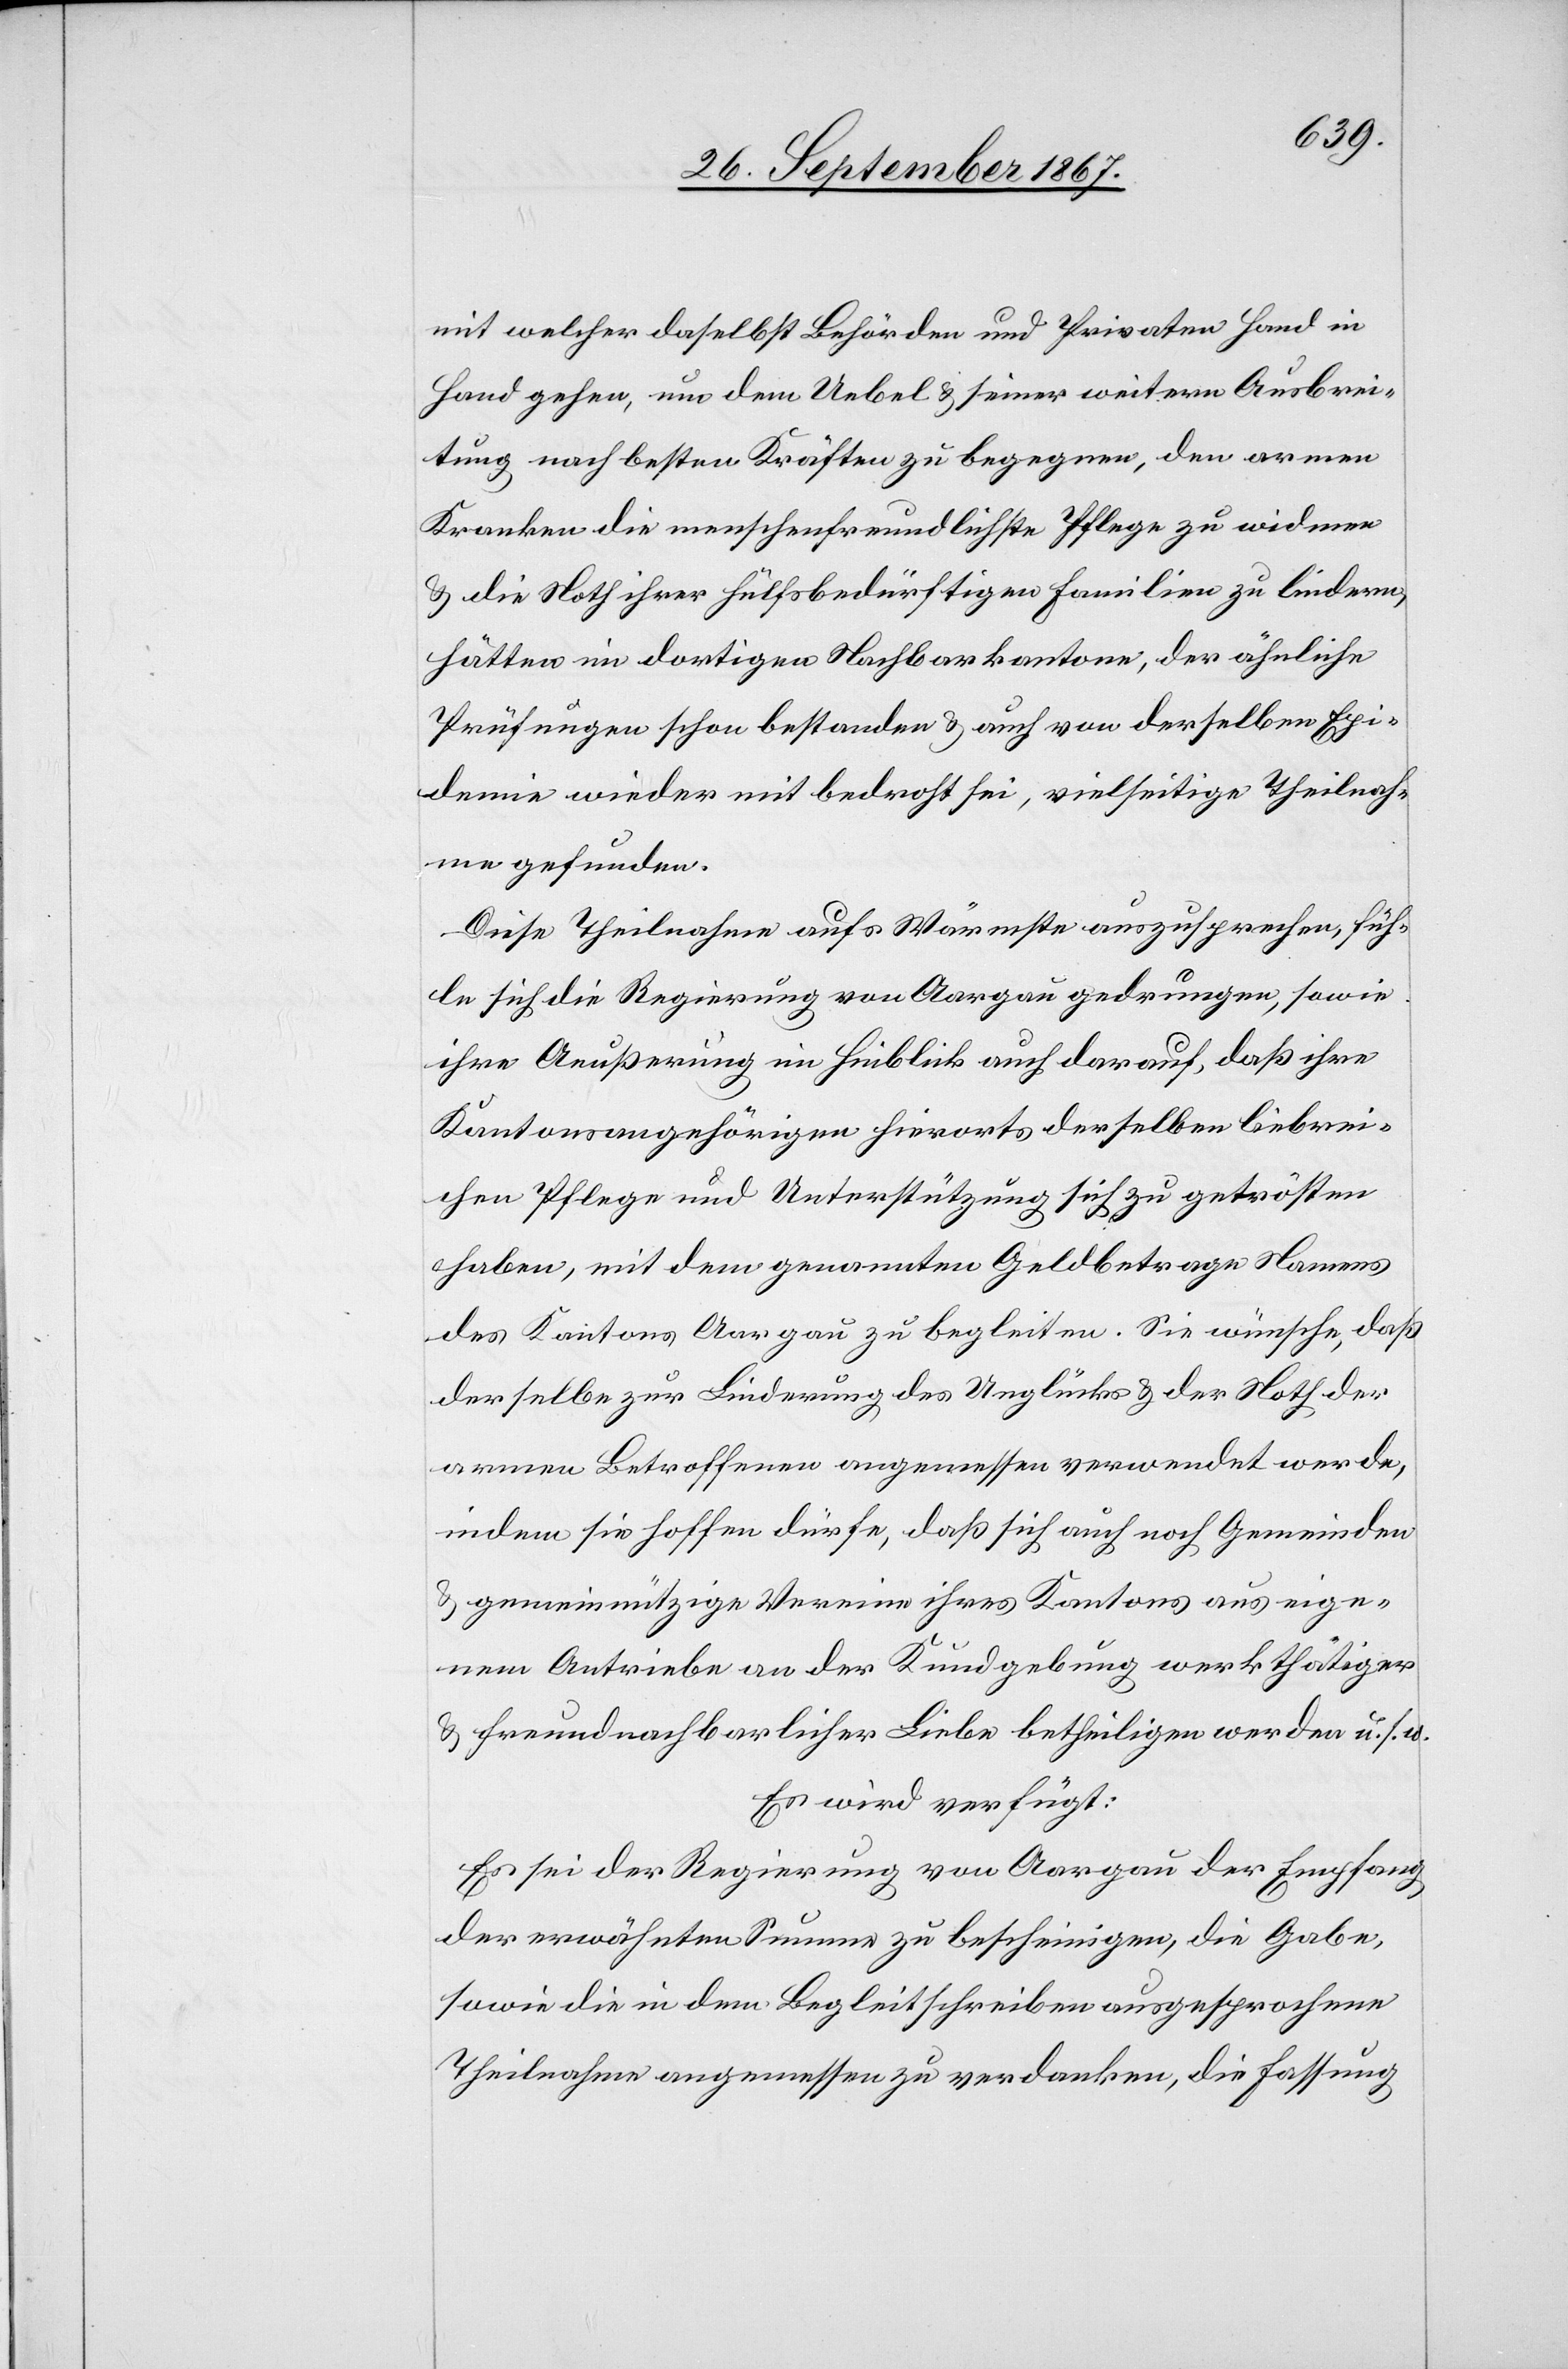
demie
mit welcher daselbst Behörden und Privaten Hand in
Hand gehen, um dem Uebel u. seiner weitern Ausbrei¬
tung nach besten Kräften zu begegnen, den armen
Kranken die menschenfreundlichste Pflege zu widmen
u. die Noth ihrer hülfsbedürftigen Familien zu lindern,
hätten im dortigen Nachbarkantone, der ähnliche
Prüfungen schon bestanden u. auch von derselben Epi¬
gefunden.
Diese Theilnahme aufs Wärmste auszusprechen, füh¬
le sich die Regierung von Aargau gedrungen, sowie
ihre Aeußerung im Hinblick auch darauf, daß ihre
Kantonsangehörigen hierorts derselben liebrei¬
chen Pflege und Unterstützung sich zu getrösten
haben, mit dem genannten Geldbetrage Namens
des Kantons Aargau zu begleiten. Sie wünsche, daß
derselbe zur Linderung des Unglücks u. der Noth der
armen Betroffenen angemessen verwendet werde,
indem sie hoffen dürfe, daß sich auch noch Gemeinden
u. gemeinnützige Vereine ihres Kantons aus eige¬
nem Antriebe an der Kundgebung werkthätiger
u. freundnachbarlicher Liebe betheiligen werden u. s. w.
Es wird verfügt:
Es sei der Regierung von Aargau der Empfang
der erwähnten Summe zu bescheinigen, die Gabe,
sowie die in dem Begleitschreiben ausgesprochene
Theilnahme angemessen zu verdanken, die Fassung